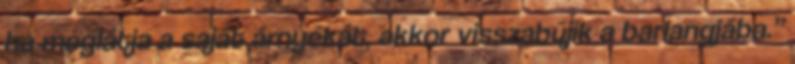
ha meglátja a saját árnyékát, akkor visszabújik a barlangjába.”